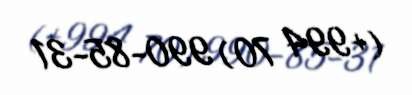
(+994 70) 990-85-31